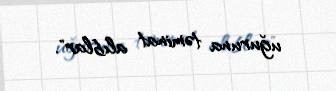
uğuruna təminat alıblar".